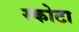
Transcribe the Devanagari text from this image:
स्कोटा